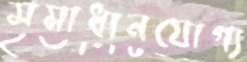
সমাধানযোগ্য